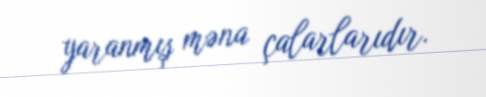
yaranmış məna çalarlarıdır.